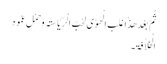
ثُمَّ بَعْدَ ھَذٰاغَلِبَ الْھَوٰی لِحُبِّ الْرِّیٰاسَۃِ وَحَمْلِ عَمُودِ
الْخِلاٰفَۃِ۔